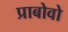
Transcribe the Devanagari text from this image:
प्राबोवो